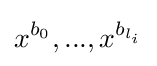
x^{b_{0}},...,x^{b_{l_{i}}}